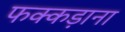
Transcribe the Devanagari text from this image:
फक्‍कड़ाना